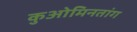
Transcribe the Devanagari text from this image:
कुओमिनतांग